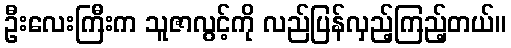
ဦးလေးကြီးက သူဇာလွင့်ကို လည်ပြန်လှည့်ကြည့်တယ်။